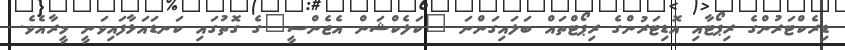
ޑިރެކްޓަރުންގެ ރިޕޯޓާއި އޮޑިޓަރުންގެ ރިޕޯޓްތައް ބަލައިގަންނަ "ކަލެކްޝަން އެޖެންސީ"ގެ ގޮތުގައި ކަނޑައަޅާފައިވަނީ މީރާއެވެ.